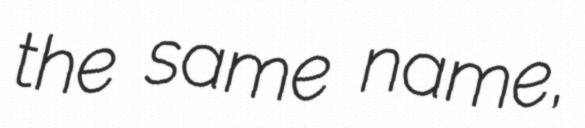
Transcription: the same name,